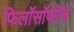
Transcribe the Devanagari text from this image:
फिलॉसॉफीचे